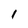
Character: I